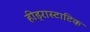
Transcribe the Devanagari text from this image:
हीड्रास्टाटिक